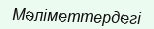
Мәліметтердегі